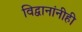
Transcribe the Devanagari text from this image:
विद्वानांनीही